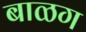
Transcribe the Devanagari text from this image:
बाळग